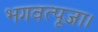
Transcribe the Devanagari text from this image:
भगवत्पूजा।